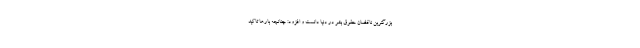
بزرگترین ناقضان حقوق بشر در دنیا دانست و افزود: چنانچه بارها تاکید